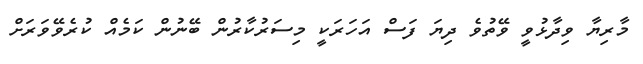
މާރިޔާ ވިދާޅުވީ ވޭތުވެ ދިޔަ ފަސް އަހަރަކީ މިސަރުކާރުން ބޭނުން ކަމެއް ކުރެވޭވަރަށް